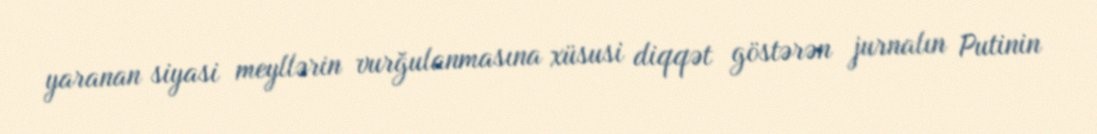
yaranan siyasi meyllərin vurğulanmasına xüsusi diqqət göstərən jurnalın Putinin